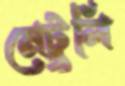
মেটুলি